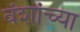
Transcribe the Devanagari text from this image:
वंशांच्या